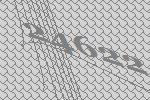
24622